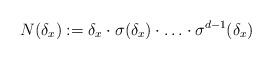
LaTeX: \begin{align*}N(\delta_x) := \delta_x \cdot \sigma( \delta_x) \cdot \ldots \cdot \sigma^{d-1}( \delta_x) \end{align*}